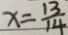
x = \frac { 1 3 } { 1 4 }